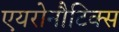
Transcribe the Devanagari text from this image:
एयरोनौटिक्स